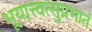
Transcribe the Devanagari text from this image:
भूयात्त्वत्सुप्रभातं